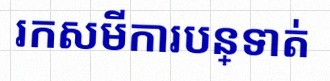
រកសមីការបន្ទាត់